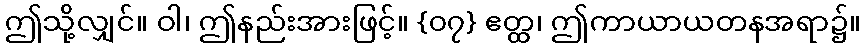
ဤသို့လျှင်။ ဝါ၊ ဤနည်းအားဖြင့်။ {၀၇} ဧတ္ထ၊ ဤကာယာယတနအရာ၌။